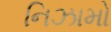
નિઝામો